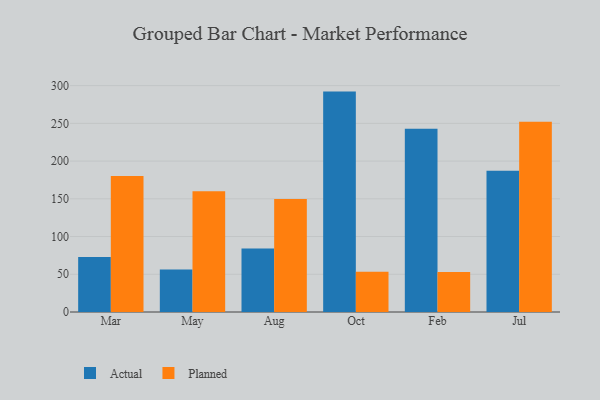
{"axis": {"x": "Month", "y": "Operating Costs (USD K)"}, "legend": ["Actual", "Planned"], "data": [{"x": "Mar", "y": 72.9, "type": "Actual"}, {"x": "Mar", "y": 180.1, "type": "Planned"}, {"x": "May", "y": 56.2, "type": "Actual"}, {"x": "May", "y": 160.0, "type": "Planned"}, {"x": "Aug", "y": 84.1, "type": "Actual"}, {"x": "Aug", "y": 149.8, "type": "Planned"}, {"x": "Oct", "y": 292.1, "type": "Actual"}, {"x": "Oct", "y": 53.5, "type": "Planned"}, {"x": "Feb", "y": 242.8, "type": "Actual"}, {"x": "Feb", "y": 53.1, "type": "Planned"}, {"x": "Jul", "y": 187.3, "type": "Actual"}, {"x": "Jul", "y": 252.1, "type": "Planned"}]}